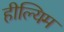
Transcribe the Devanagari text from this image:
हील्यिम